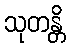
သုတန္တိ